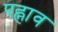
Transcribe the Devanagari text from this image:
पह्नाव